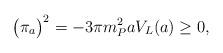
LaTeX: \begin{align*}\bigl(\pi_{a} \bigr)^2 = - 3\pi m_P^2 a V_{L} (a) \geq 0,\end{align*}